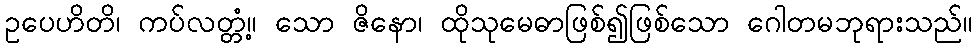
ဥပေဟိတိ၊ ကပ်လတ္တံ့။ သော ဇိနော၊ ထိုသုမေဓာဖြစ်၍ဖြစ်သော ဂေါတမဘုရားသည်။